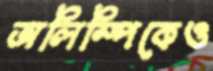
অলিম্পিকেও